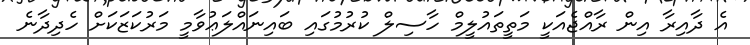
އެ ދާއިރާ އިން ރާއްޖެއަކީ މަތީތައުލީމް ހާސިލް ކުރުމުގައި ބައިނައްލަޢުވާމީ މަރުކަޒަކަށް ހެދިދާނެ